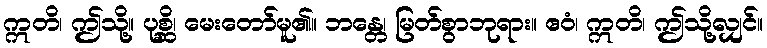
ဣတိ၊ ဤသို့။ ပုစ္ဆိ၊ မေးတော်မူ၏။ ဘန္တေ၊ မြတ်စွာဘုရား။ ဧဝံ၊ ဣတိ၊ ဤသို့လျှင်။